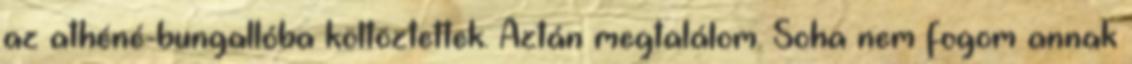
az athéné-bungallóba költöztettek. Aztán megtalálom. Soha nem fogom annak